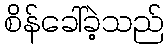
စိန်ခေါ်ခဲ့သည်